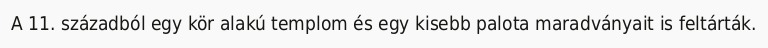
A 11. századból egy kör alakú templom és egy kisebb palota maradványait is feltárták.